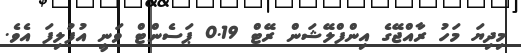
މިދިޔަ މަހު ރާއްޖޭގެ އިންފްލޭޝަން ރޭޓް 0.19 ޕަސެންޓް ވަނީ އުފުލިފަ އެވެ.